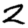
Digit: 2